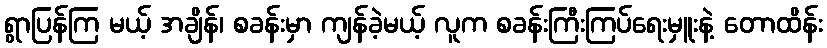
ရွာပြန်ကြ မယ့် အချိန်၊ စခန်းမှာ ကျန်ခဲ့မယ့် လူက စခန်းကြီးကြပ်ရေးမှူးနဲ့ တောထိန်း